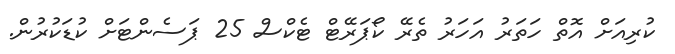
ކުރިއަށް އޮތް ހަތަރު އަހަރު ތެެރޭ ކޯޕަރޭޓް ޓެކްސް 25 ޕަސެންޓަށް ކުޑަކުރުން.